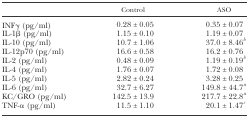
<table><thead><tr><td></td><td><b>Control</b></td><td><b>ASO</b></td></tr></thead><tbody><tr><td>INFγ (pg/ml)</td><td>0.28 ± 0.05</td><td>0.35 ± 0.07</td></tr><tr><td>IL-1β (pg/ml)</td><td>1.15 ± 0.10</td><td>1.19 ± 0.07</td></tr><tr><td>IL-10 (pg/ml)</td><td>10.7 ± 1.06</td><td>37.0 ± 8.46<i><sup>b</sup></i> </td></tr><tr><td>IL-12p70 (pg/ml)</td><td>16.6 ± 0.58</td><td>16.2 ± 0.76</td></tr><tr><td>IL-2 (pg/ml)</td><td>0.48 ± 0.09</td><td>1.19 ± 0.19<i><sup>b</sup></i></td></tr><tr><td>IL-4 (pg/ml)</td><td>1.76 ± 0.07</td><td>1.72 ± 0.08</td></tr><tr><td>IL-5 (pg/ml)</td><td>2.82 ± 0.24</td><td>3.28 ± 0.25</td></tr><tr><td>IL-6 (pg/ml)</td><td>32.7 ± 6.27</td><td>149.8 ± 44.7<i><sup>a</sup></i></td></tr><tr><td>KC/GRO (pg/ml)</td><td>142.5 ± 13.9</td><td>217.7 ± 22.8<i><sup>a</sup></i></td></tr><tr><td>TNF-α (pg/ml)</td><td>11.5 ± 1.10</td><td>20.1 ± 1.47<i><sup>c</sup></i></td></tr></tbody></table>